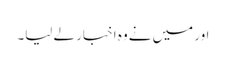
اور میں نے وہ اخبار لے لیا۔